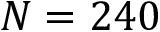
N = 2 4 0